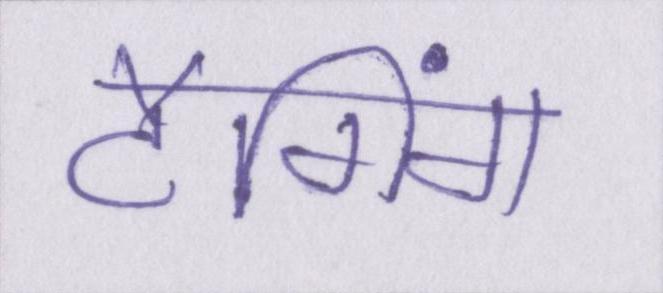
टैगिंग